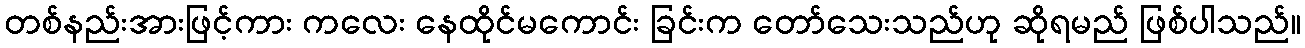
တစ်နည်းအားဖြင့်ကား ကလေး နေထိုင်မကောင်း ခြင်းက တော်သေးသည်ဟု ဆိုရမည် ဖြစ်ပါသည်။